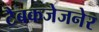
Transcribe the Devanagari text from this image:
टैबकजेजनेर